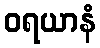
ဝရယာနံ